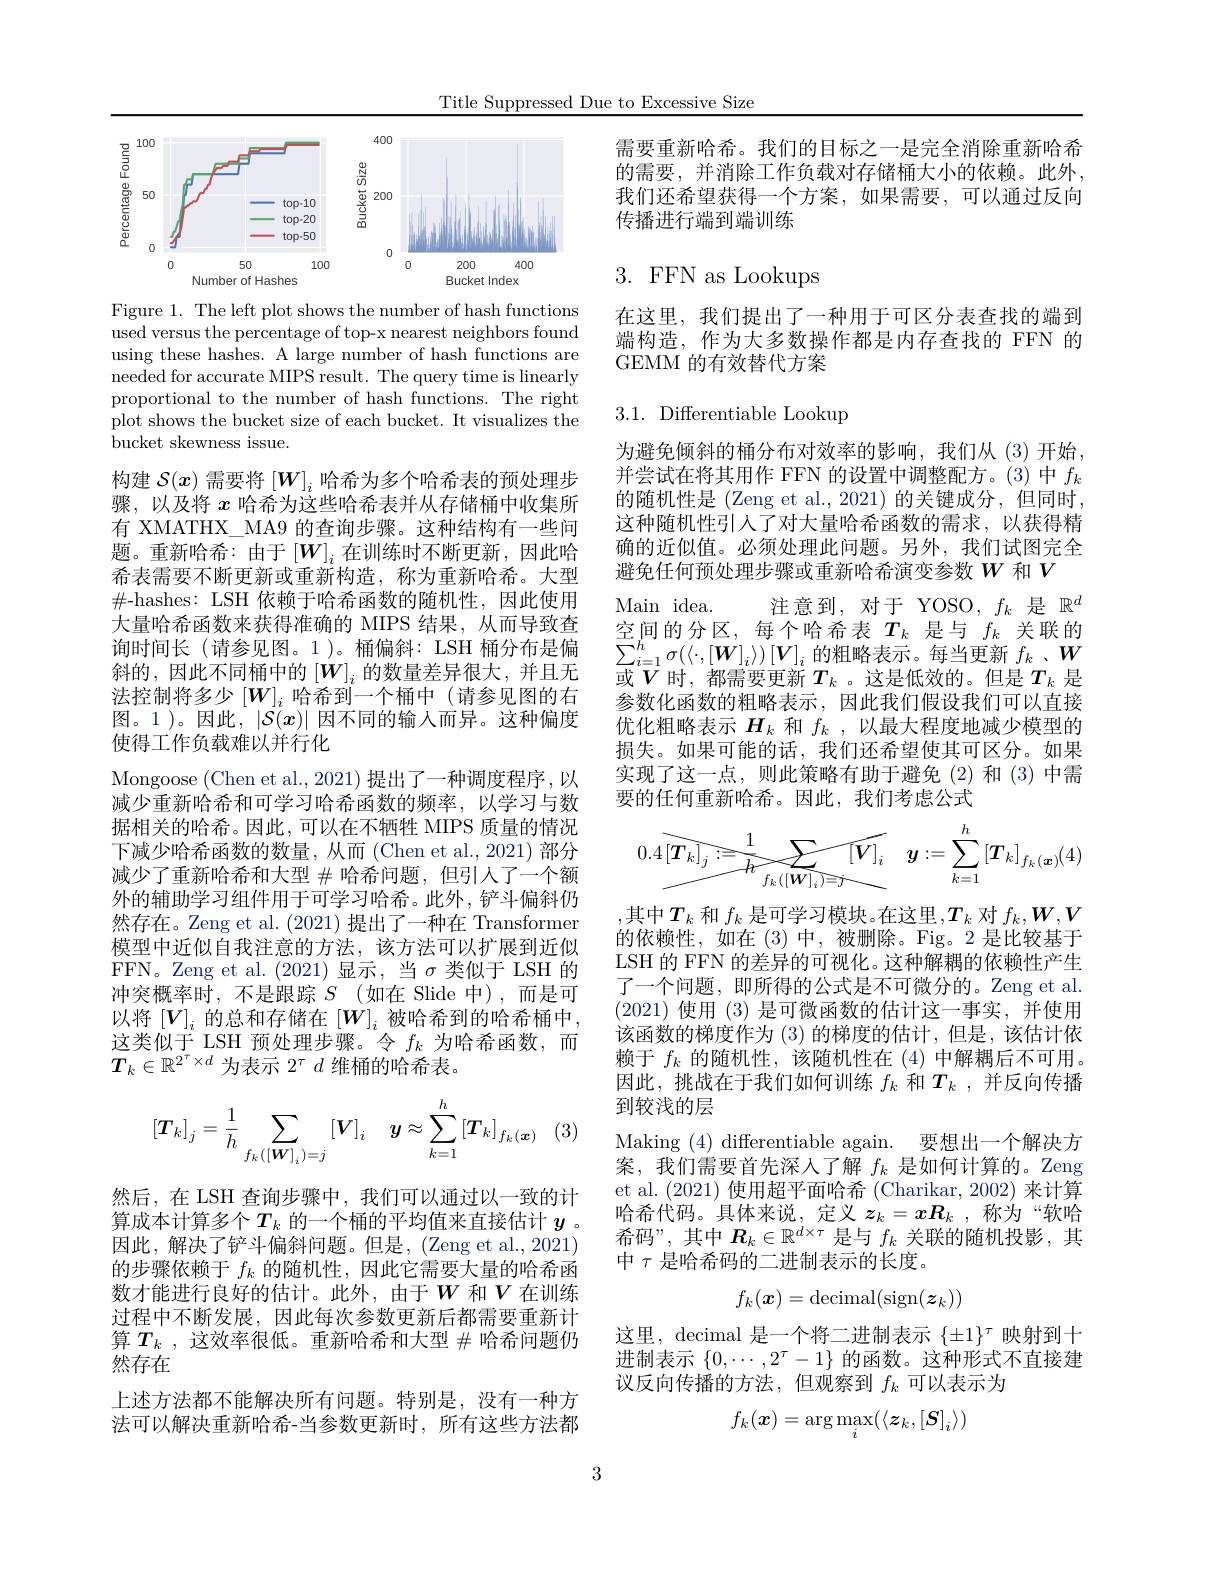
Title Suppressed Due to Excessive Size

<FigureHere>

Figure 1. The left plot shows the number of hash functions $\bar{\text{used versus the percentage of top-x nearest neighbors found}}$ using these hashes. A large number of hash functions are needed for accurate MIPS result. The query time is linearly proportional to the number of hash functions. The right plot shows the bucket size of each bucket. It visualizes the bucket skewness issue.

构建$\mathcal{S}(x)$需要将$[W]_i$哈希为多个哈希表的预处理步骤，以及将$x$哈希为这些哈希表并从存储桶中收集所有 XMATHX\_MA9 的查询步骤。这种结构有一些间题。重新哈希：由于$[W]_i$在训练时不断更新，因此哈希表需要不断更新或重新构造，称为重新哈希。大型$\#$-hashes: LSH 依赖于哈希函数的随机性，因此使用大量哈希函数来获得准确的 MIPS 结果，从而导致查询时间长 (请参见图。1)。桶偏斜：LSH 桶分布是偏斜的，因此不同桶中的$[W]_i$的数量差异很大，并且无法控制将多少$[W]_i$哈希到一个桶中(请参见图的右图。1)。因此，$\left|\mathcal{S}(x)\right|$因不同的输入而异。这种偏度使得工作负载难以并行化
Mongoose (Chen et al., 2021) 提出了一种调度程序，以减少重新哈希和可学习哈希函数的频率，以学习与数据相关的哈希。因此，可以在不牺牲 MIPS 质量的情况下减少哈希函数的数量，从而(Chen et al., 2021) 部分减少了重新哈希和大型$\#$哈希问题，但引人了一个额外的辅助学习组件用于可学习哈希。此外，铲斗偏斜仍然存在。Zeng et al. (2021)提出了一种在 Transformer 模型中近似自我注意的方法，该方法可以扩展到近似FFN。Zeng et al.(2021)显示，当$\sigma$ 类似于 LSH 的冲突概率时，不是跟踪$S$(如在 Slide 中),而是可以将$[V]_i$的总和存储在$[W]_i$被哈希到的哈希桶中， 这类似于 LSH 预处理步骤。令$f_k$为哈希函数，而$T_k\in\mathbb{R}^{2^\tau\times d}$为表示$2^\tau d$维桶的哈希表。
$$[\boldsymbol{T}_k]_j=\dfrac{1}{h}\sum\limits_{f_k([\boldsymbol{W}]_i)=j}[\boldsymbol{V}]_i\quad\boldsymbol{y}\approx\sum\limits_{k=1}^h\left[\boldsymbol{T}_k\right]_{f_k(\boldsymbol{x})}$$
然后，在 LSH 查询步骤中，我们可以通过以一致的计算成本计算多个$T_k$ 的一个桶的平均值来直接估计 $y$ 。因此，解决了铲斗偏斜问题。但是，(Zeng et al.,2021) 的步骤依赖于$f_k$的随机性，因此它需要大量的哈希函数才能进行良好的估计。此外，由于$W$ 和$V$ 在训练过程中不断发展，因此每次参数更新后都需要重新计算$T_k$ ,这效率很低。重新哈希和大型$\#$哈希问题仍然存在
上述方法都不能解决所有问题。特别是，没有一种方法可以解决重新哈希-当参数更新时，所有这些方法都

需要重新哈希。我们的目标之一是完全消除重新哈希的需要，并消除工作负载对存储桶大小的依赖。此外， 我们还希望获得一个方案，如果需要，可以通过反向传播进行端到端训练

# 3. FFN as Lookups

在这里，我们提出了一种用于可区分表查找的端到端构造，作为大多数操作都是内存查找的 FFN 的GEMM 的有效替代方案

3.1. Differentiable Lookup

为避免倾斜的桶分布对效率的影响，我们从(3)开始并尝试在将其用作 FFN 的设置中调整配方。(3) 中$f_k$ 的随机性是 (Zeng et al.,2021) 的关键成分，但同时， 这种随机性引入了对大量哈希函数的需求，以获得精确的近似值。必须处理此问题。另外，我们试图完全避免任何预处理步骤或重新哈希演变参数$W$和$V$
注意到，对于 YOSO,$f_k$是$\mathbb{R}^d$
Main idea.
空间的分区，每个哈希表$T_k$是与$f_k$关联的$\sum_{i=1}^{h}\sigma(\langle\cdot,[\boldsymbol{W}]_{i}\rangle)\left[\boldsymbol{V}\right]_{i}$的粗略表示。每当更新 $f_k$ 、$W$ 或$V$时，都需要更新$T_k$ 。这是低效的。但是$T_k$ 是参数化函数的粗略表示，因此我们假设我们可以直接优化粗略表示$H_k$和$f_k$,以最大程度地减少模型的损失。如果可能的话，我们还希望使其可区分。如果实现了这一点，则此策略有助于避免(2)和(3)中需要的任何重新哈希。因此，我们考虑公式
$$0.4\left[\boldsymbol{T}_k\right]_j:=\frac{1}{h}\sum_{f_k\left(\left[\boldsymbol{W}\right]_i\right)=j}\left[\boldsymbol{V}\right]_i\quad\boldsymbol{y}:=\sum_{k=1}^h\left[\boldsymbol{T}_k\right]_{f_k\left(\boldsymbol{x}\right)}(4)$$
,其中$T_k$ 和 $f_k$ 是可学习模块。在这里$,T_k$ 对 $f_k,\boldsymbol{W},\boldsymbol{V}$ 的依赖性，如在(3)中，被删除。Fig。2 是比较基于LSH 的 FFN 的差异的可视化。这种解耦的依赖性产生了一个问题，即所得的公式是不可微分的。Zeng et al. (2021)使用 (3)是可微函数的估计这一事实，并使用该函数的梯度作为 (3) 的梯度的估计，但是，该估计依赖于$f_k$的随机性，该随机性在 (4)中解耦后不可用。因此，挑战在于我们如何训练$f_k$和$T_k$ ,并反向传播到较浅的层
Making (4) differentiable again. 要想出一个解决方案，我们需要首先深入了解$f_k$是如何计算的。Zeng et al. (2021) 使用超平面哈希 (Charikar, 2002) 来计算哈希代码。具体来说，定义$z_k=x\boldsymbol{R}_k$ ,称为“软哈希码”,其中$\boldsymbol{R}_k\in\mathbb{R}^d\times\tau$是与$f_k$关联的随机投影，其中$\tau$是哈希码的二进制表示的长度。
$$f_k(\boldsymbol{x})=\mathrm{decimal}(\mathrm{sign}(\boldsymbol{z}_k))$$
这里，decimal 是一个将二进制表示$\{\pm1\}^\tau$映射到十进制表示$\{0,\cdots,2^\tau-1\}$的函数。这种形式不直接建议反向传播的方法，但观察到$f_k$可以表示为
$$f_k(\boldsymbol{x})=\arg\max_i(\langle\boldsymbol{z}_k,[\boldsymbol{S}]_i\rangle)$$
3